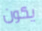
يكون